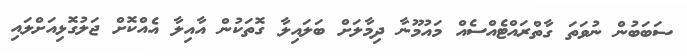
ސަބަބުން ނުވަތަ ގާތްރައްޓެއްސެއް މައުމޫނާ ދިމާލަށް ބަލައިލާ ގޮތަކުން އާއިލާ އެއްކޮށް ޖަލުގޮޅިއަށްލައި